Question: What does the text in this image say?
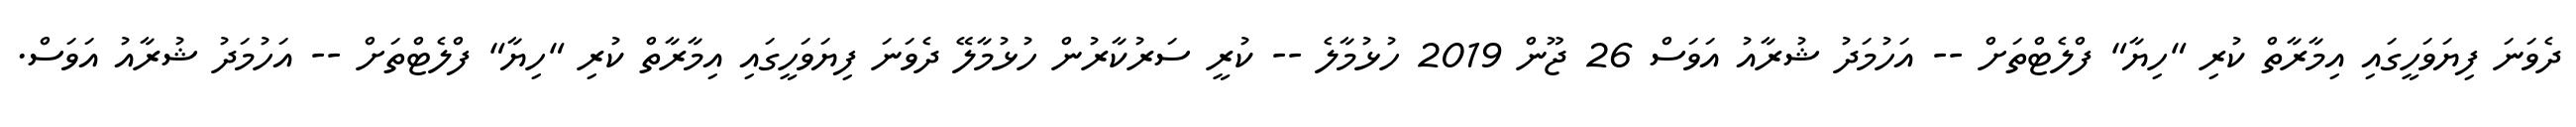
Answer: ދެވަނަ ފިޔަވަހީގައި އިމާރާތް ކުރި "ހިޔާ" ފްލެޓްތަށް -- އަހުމަދު ޝުރާއު އަވަސް 26 ޖޫން 2019 ހުޅުމާލެ -- ކުރީ ސަރުކާރުން ހުޅުމާލޭ ދެވަނަ ފިޔަވަހީގައި އިމާރާތް ކުރި "ހިޔާ" ފްލެޓްތަށް -- އަހުމަދު ޝުރާއު އަވަސް.